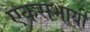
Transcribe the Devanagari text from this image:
एकसभायी